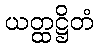
ယတ္ထဋ္ဌိတံ